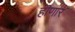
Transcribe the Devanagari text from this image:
हॊणार